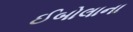
ઈબોલાના